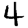
Digit: 4